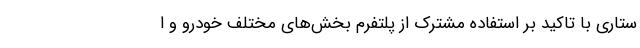
ستاری با تاکید بر استفاده مشترک از پلتفرم بخش‌های مختلف خودرو و ا